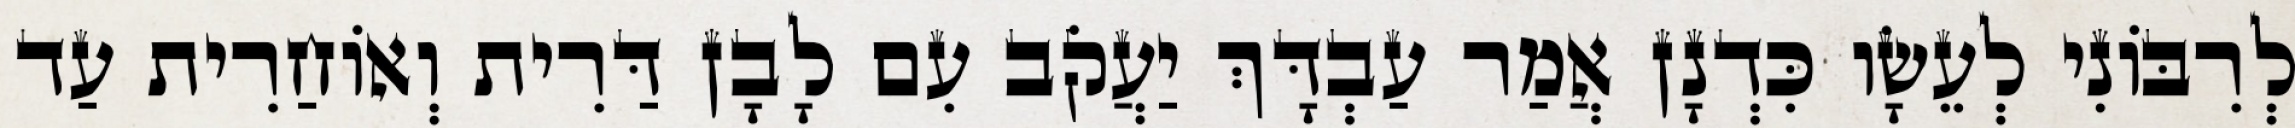
לְרִבּוֹנִי לְעֵשָׂו כִּדְנָן אֲמַר עַבְדָּךְ יַעֲקֹב עִם לָבָן דַּרִית וְאוֹחַרִית עַד